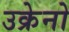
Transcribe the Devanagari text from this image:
उक्रेनो